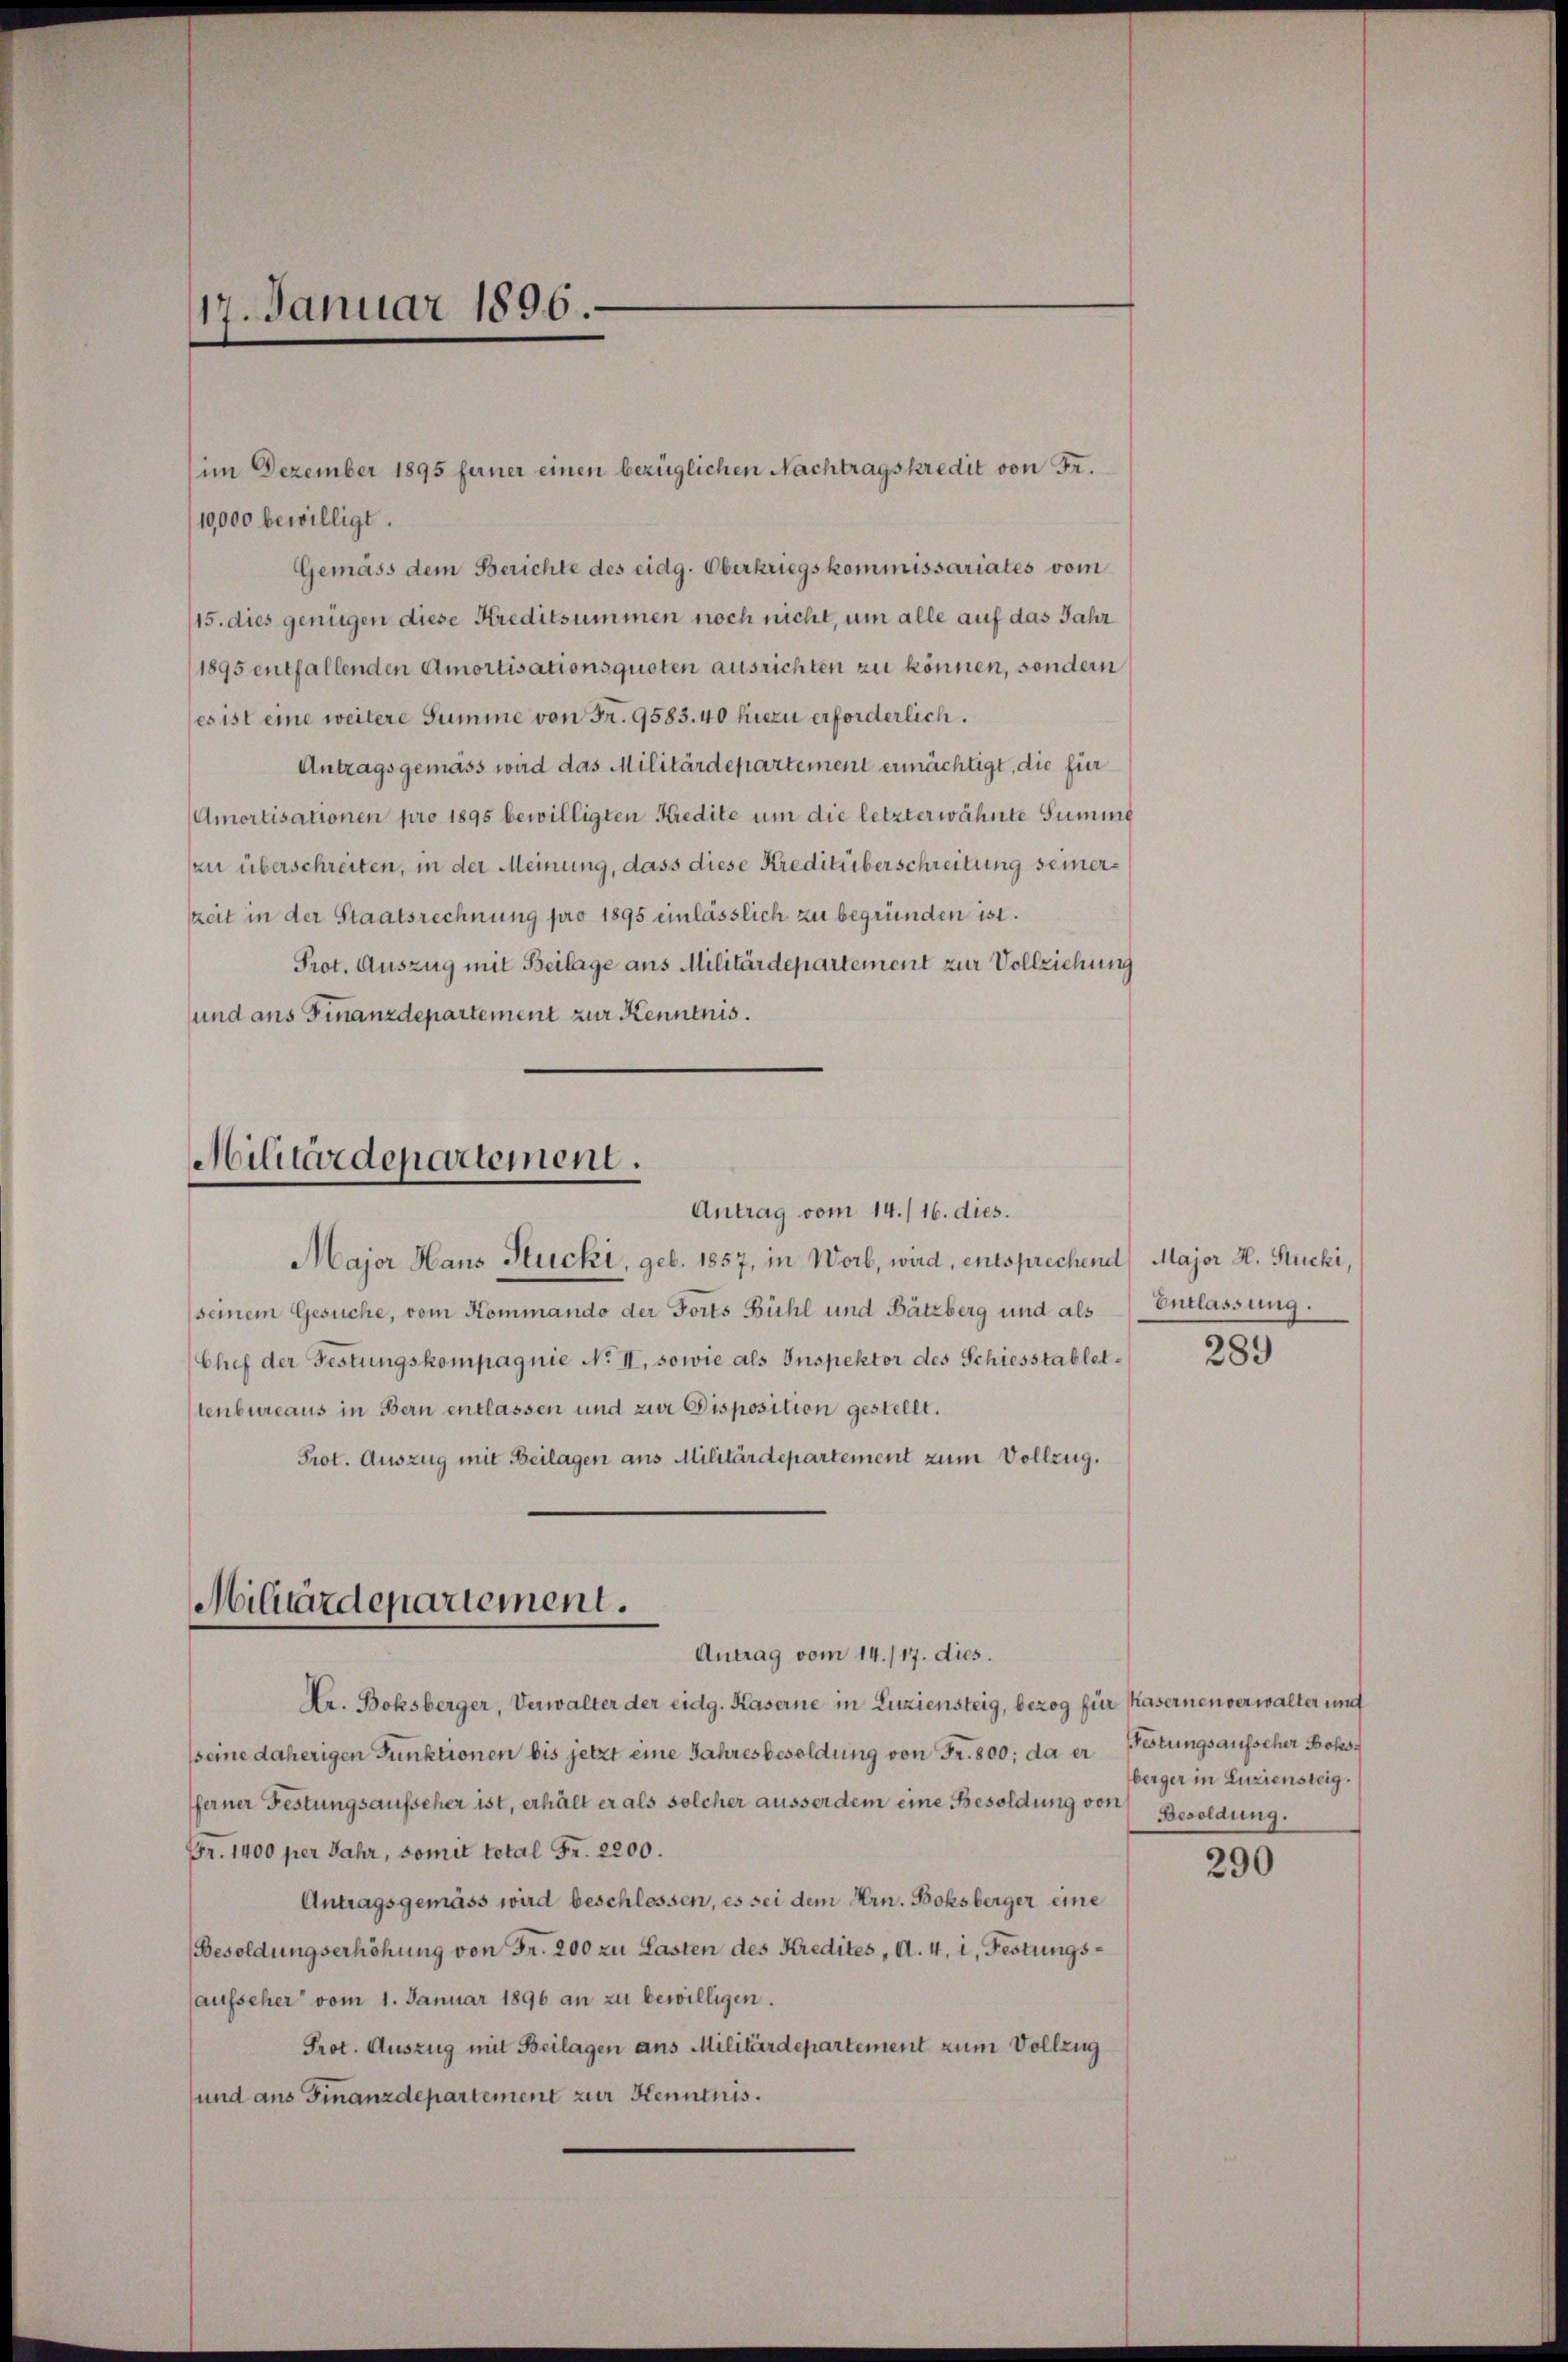
17. Januar 1896.

10,000 bewilligt.
Gemäss dem Berichte des eidg. Oberkriegskommissariates vom
(15. dies genügen diese Kreditsummen noch nicht, um alle auf das Jahr
1895 entfallenden Amortisationsquoten ausrichten zu können, sondern
es ist eine weitere Summe von Fr. 9583.40 hiezu erforderlich.
Antragsgemäss wird das Militärdepartement ermächtigt, die für
Amortisationen pro 1895 bewilligten Kredite um die letzterwähnte Summe
zu überschreiten, in der Meinung, dass diese Kreditüberschreitung seinerszeit in der Staatsrechnung pro 1895 einlässlich zu begründen ist.
Prot. Auszug mit Beilage aus Militärdepartement zur Vollziehung
und aus Finanzdepartement zur Kenntnis.

im Dezember 1895 ferner einen bezüglichen Nachtragskredit von Fr.

Militärdepartement.
Antrag vom 14./16. dies.

Major Haus Stucki, geb. 1857, in Wort, wird, entsprechend Major H. Stucki,
(seinem Gesuche, vom Kommando der Forts Bühl und Bätzberg und als Entlassung.
Chef der Festungskompagnie No II, sowie als Inspektor des Schiesstablet. 289
tenbureaus in Bern entlassen und zur Disposition gestellt.
Prot. Auszug mit Beilagen aus Militärdepartement zum Vollzug.
Ar. Bolsberger, Verwalter der eidg. Kaserne in Luziensteig, bezog für Kasernenverwalter und
seine daherigen Punktionen bis jetzt eine Jahresbesoldung von Fr. 800; da er
ferner Festungsaufseher ist, erhält er als solcher ausserdem eine Besoldung von
Fr. 1400 per Jahr, somit total Fr. 2200.
Antragsgemäss wird beschlessen, es sei dem Hrn. Bolsberger eine
(Besoldungserhöhung von Fr. 200 zu Lasten des Kredites, A. 4, i. Festungsaufseher vom 1. Januar 1896 an zu bewilligen.
Prot. Auszug mit Beilagen ans Militärdepartement zum Vollzug
und aus Finanzdepartement zur Kenntnis.

Militärdepartement.
Antrag vom 14./17. dies.

Festungsaufscher Bohs
berger in Luziensteig.
Besoldung.

290